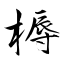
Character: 槈